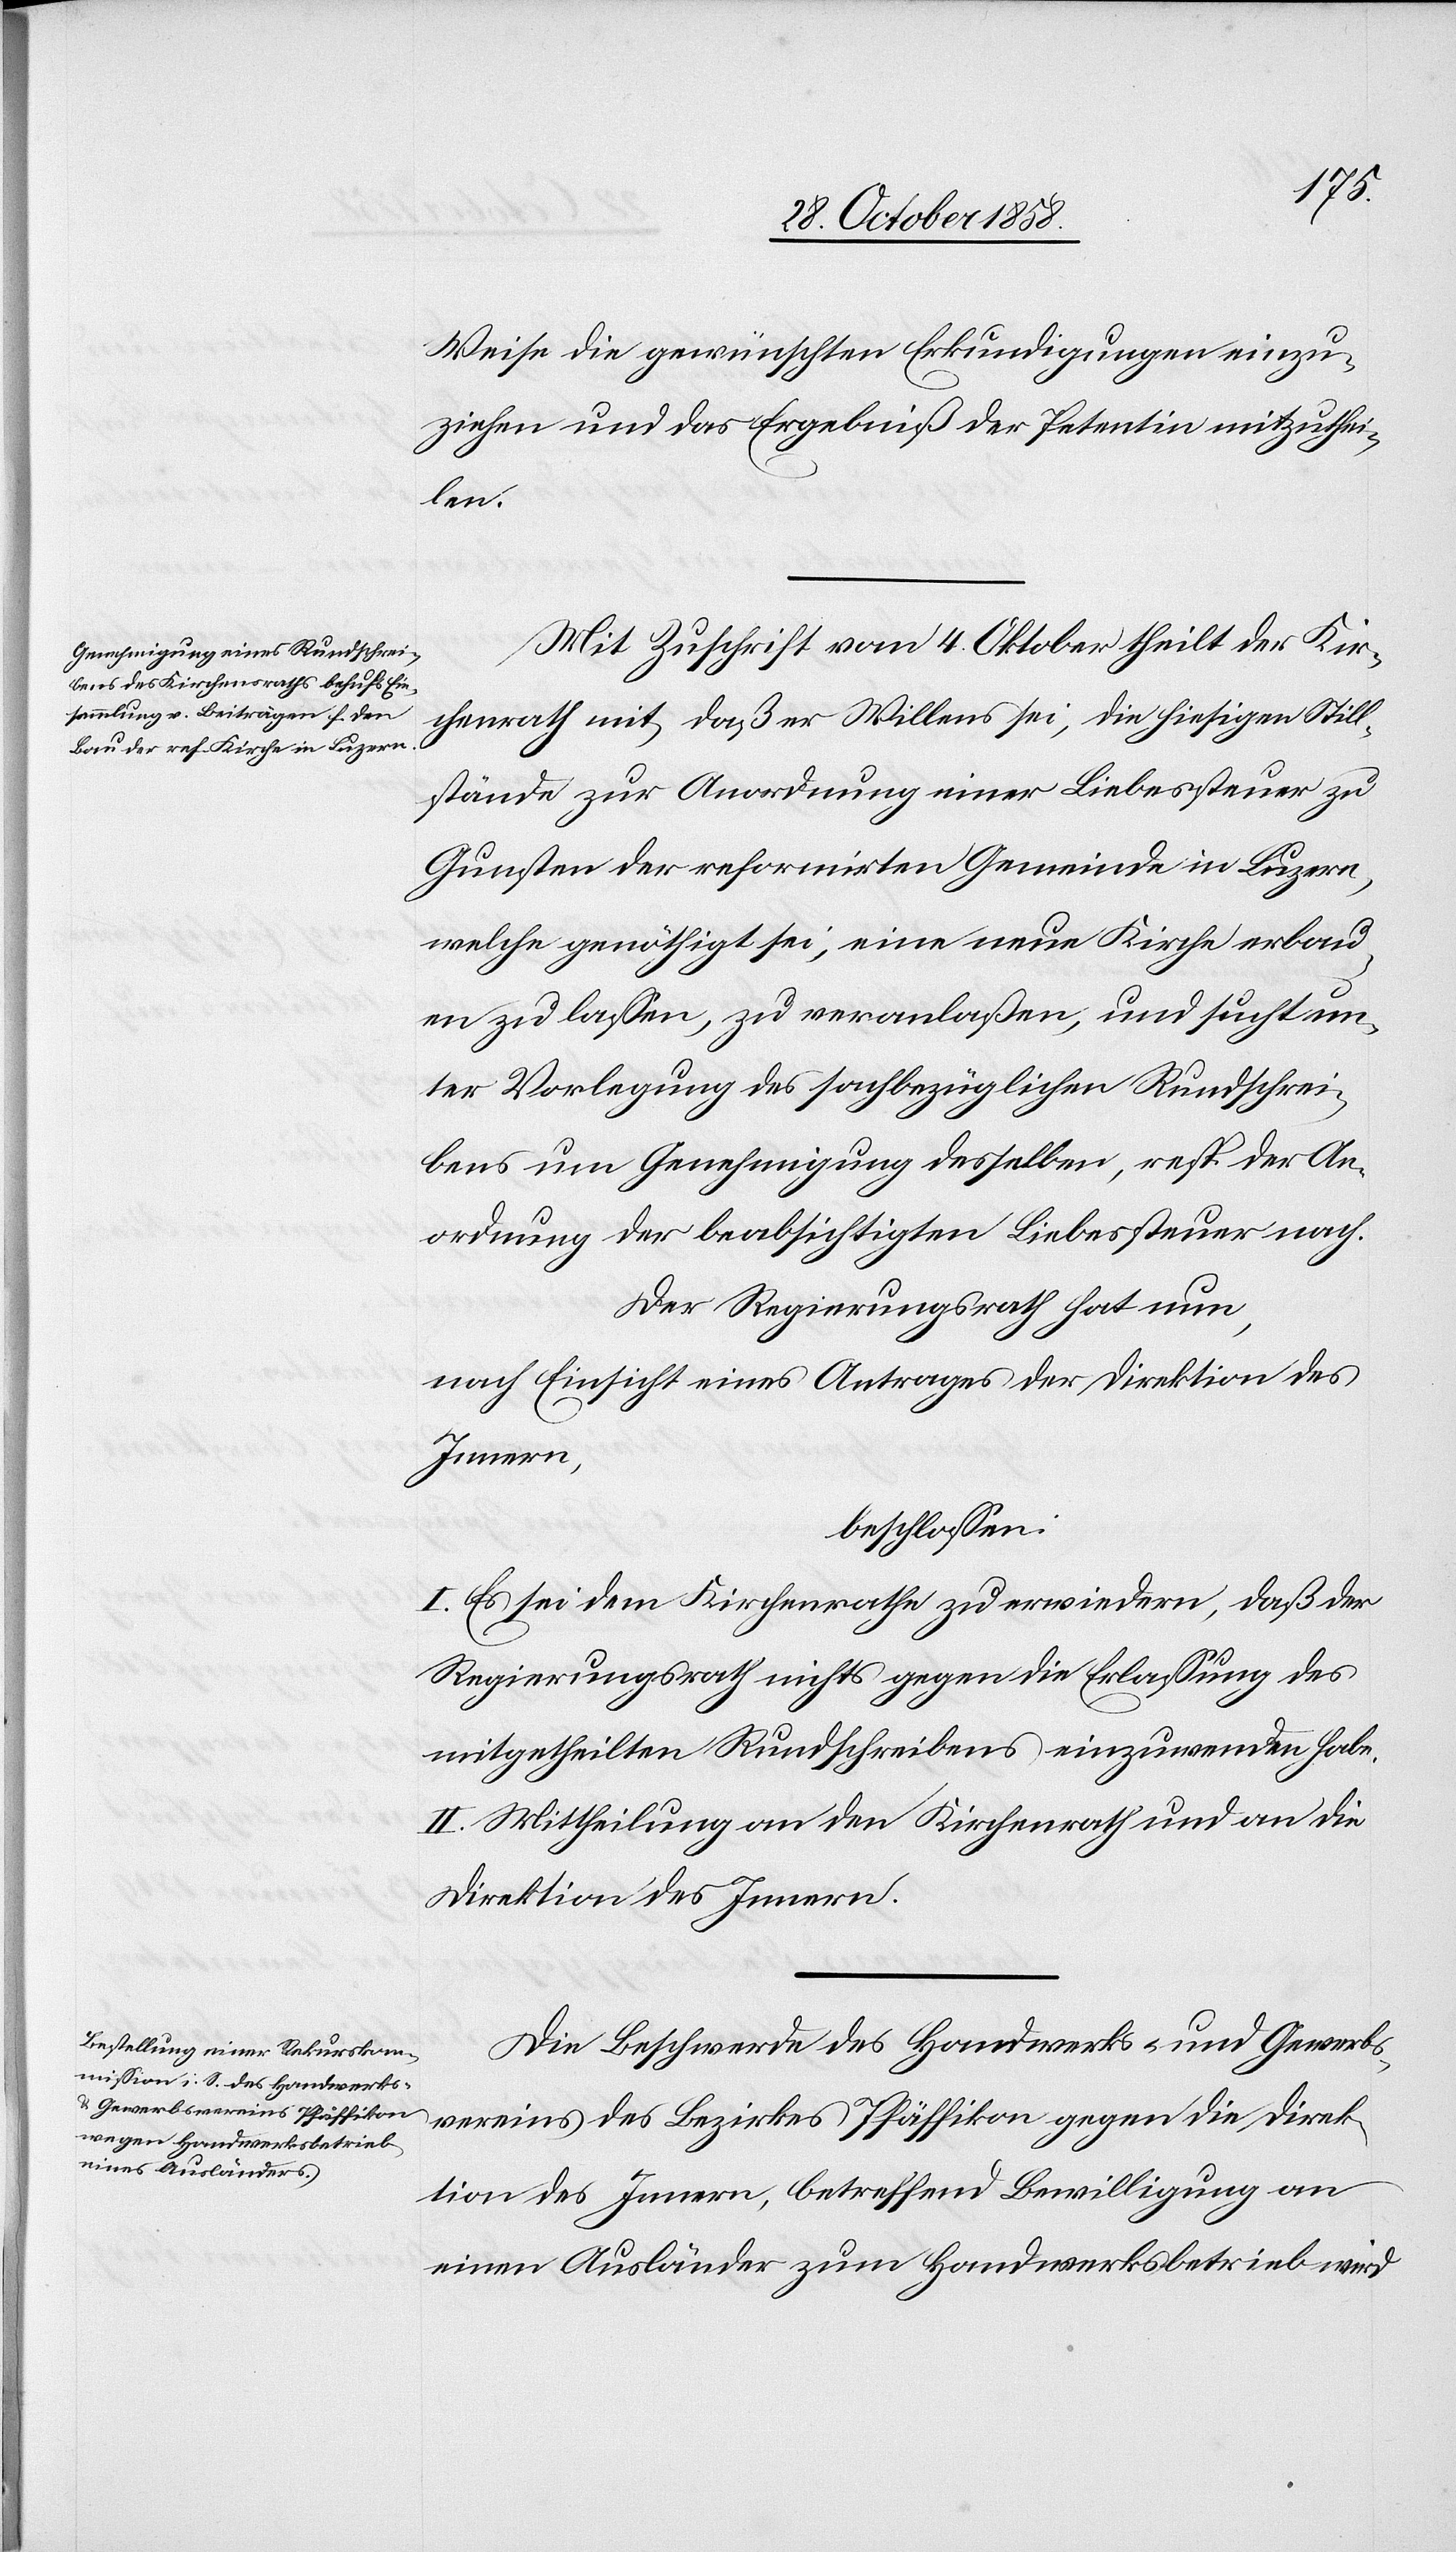
Weise die gewünschten Erkundigungen einzu¬
ziehen und das Ergebniß der Petentin mitzuthei¬
len.
Mit Zuschrift vom 4. Oktober theilt der Kir¬
chenrath mit, daß er Willens sei, die hiesigen Still¬
stände zur Anordnung einer Liebessteuer zu
Gunsten der reformirten Gemeinde in Luzern,
welche genöthigt sei, eine neue Kirche erbau¬
en zu lassen, zu veranlaßen, und sucht un¬
ter Vorlegung des sachbezüglichen Rundschrei¬
bens um Genehmigung desselben, resp. der An¬
ordnung der beabsichtigten Liebessteuer nach.
Der Regierungsrath hat nun,
nach Einsicht eines Antrages der Direktion des
Innern,
beschlossen:
I. Es sei dem Kirchenrathe zu erwiedern, daß der
Regierungsrath nichts gegen die Erlassung des
mitgetheilten Rundschreibens einzuwenden habe.
II. Mittheilung an den Kirchenrath und an die
Direktion des Innern.
Die Beschwerde des Handwerks- und Gewerbs¬
vereins des Bezirkes Pfäffikon gegen die Direk¬
tion des Innern, betreffend Bewilligung an
einen Ausländer zum Handwerksbetrieb wird